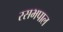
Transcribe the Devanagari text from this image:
रसभपाल